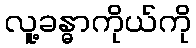
လူ့ခန္ဓာကိုယ်ကို